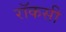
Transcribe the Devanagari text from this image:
रॉकसी